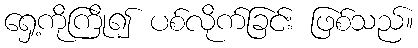
ရှေ့ကိုကြို၍ ပစ်လိုက်ခြင်း ဖြစ်သည်။